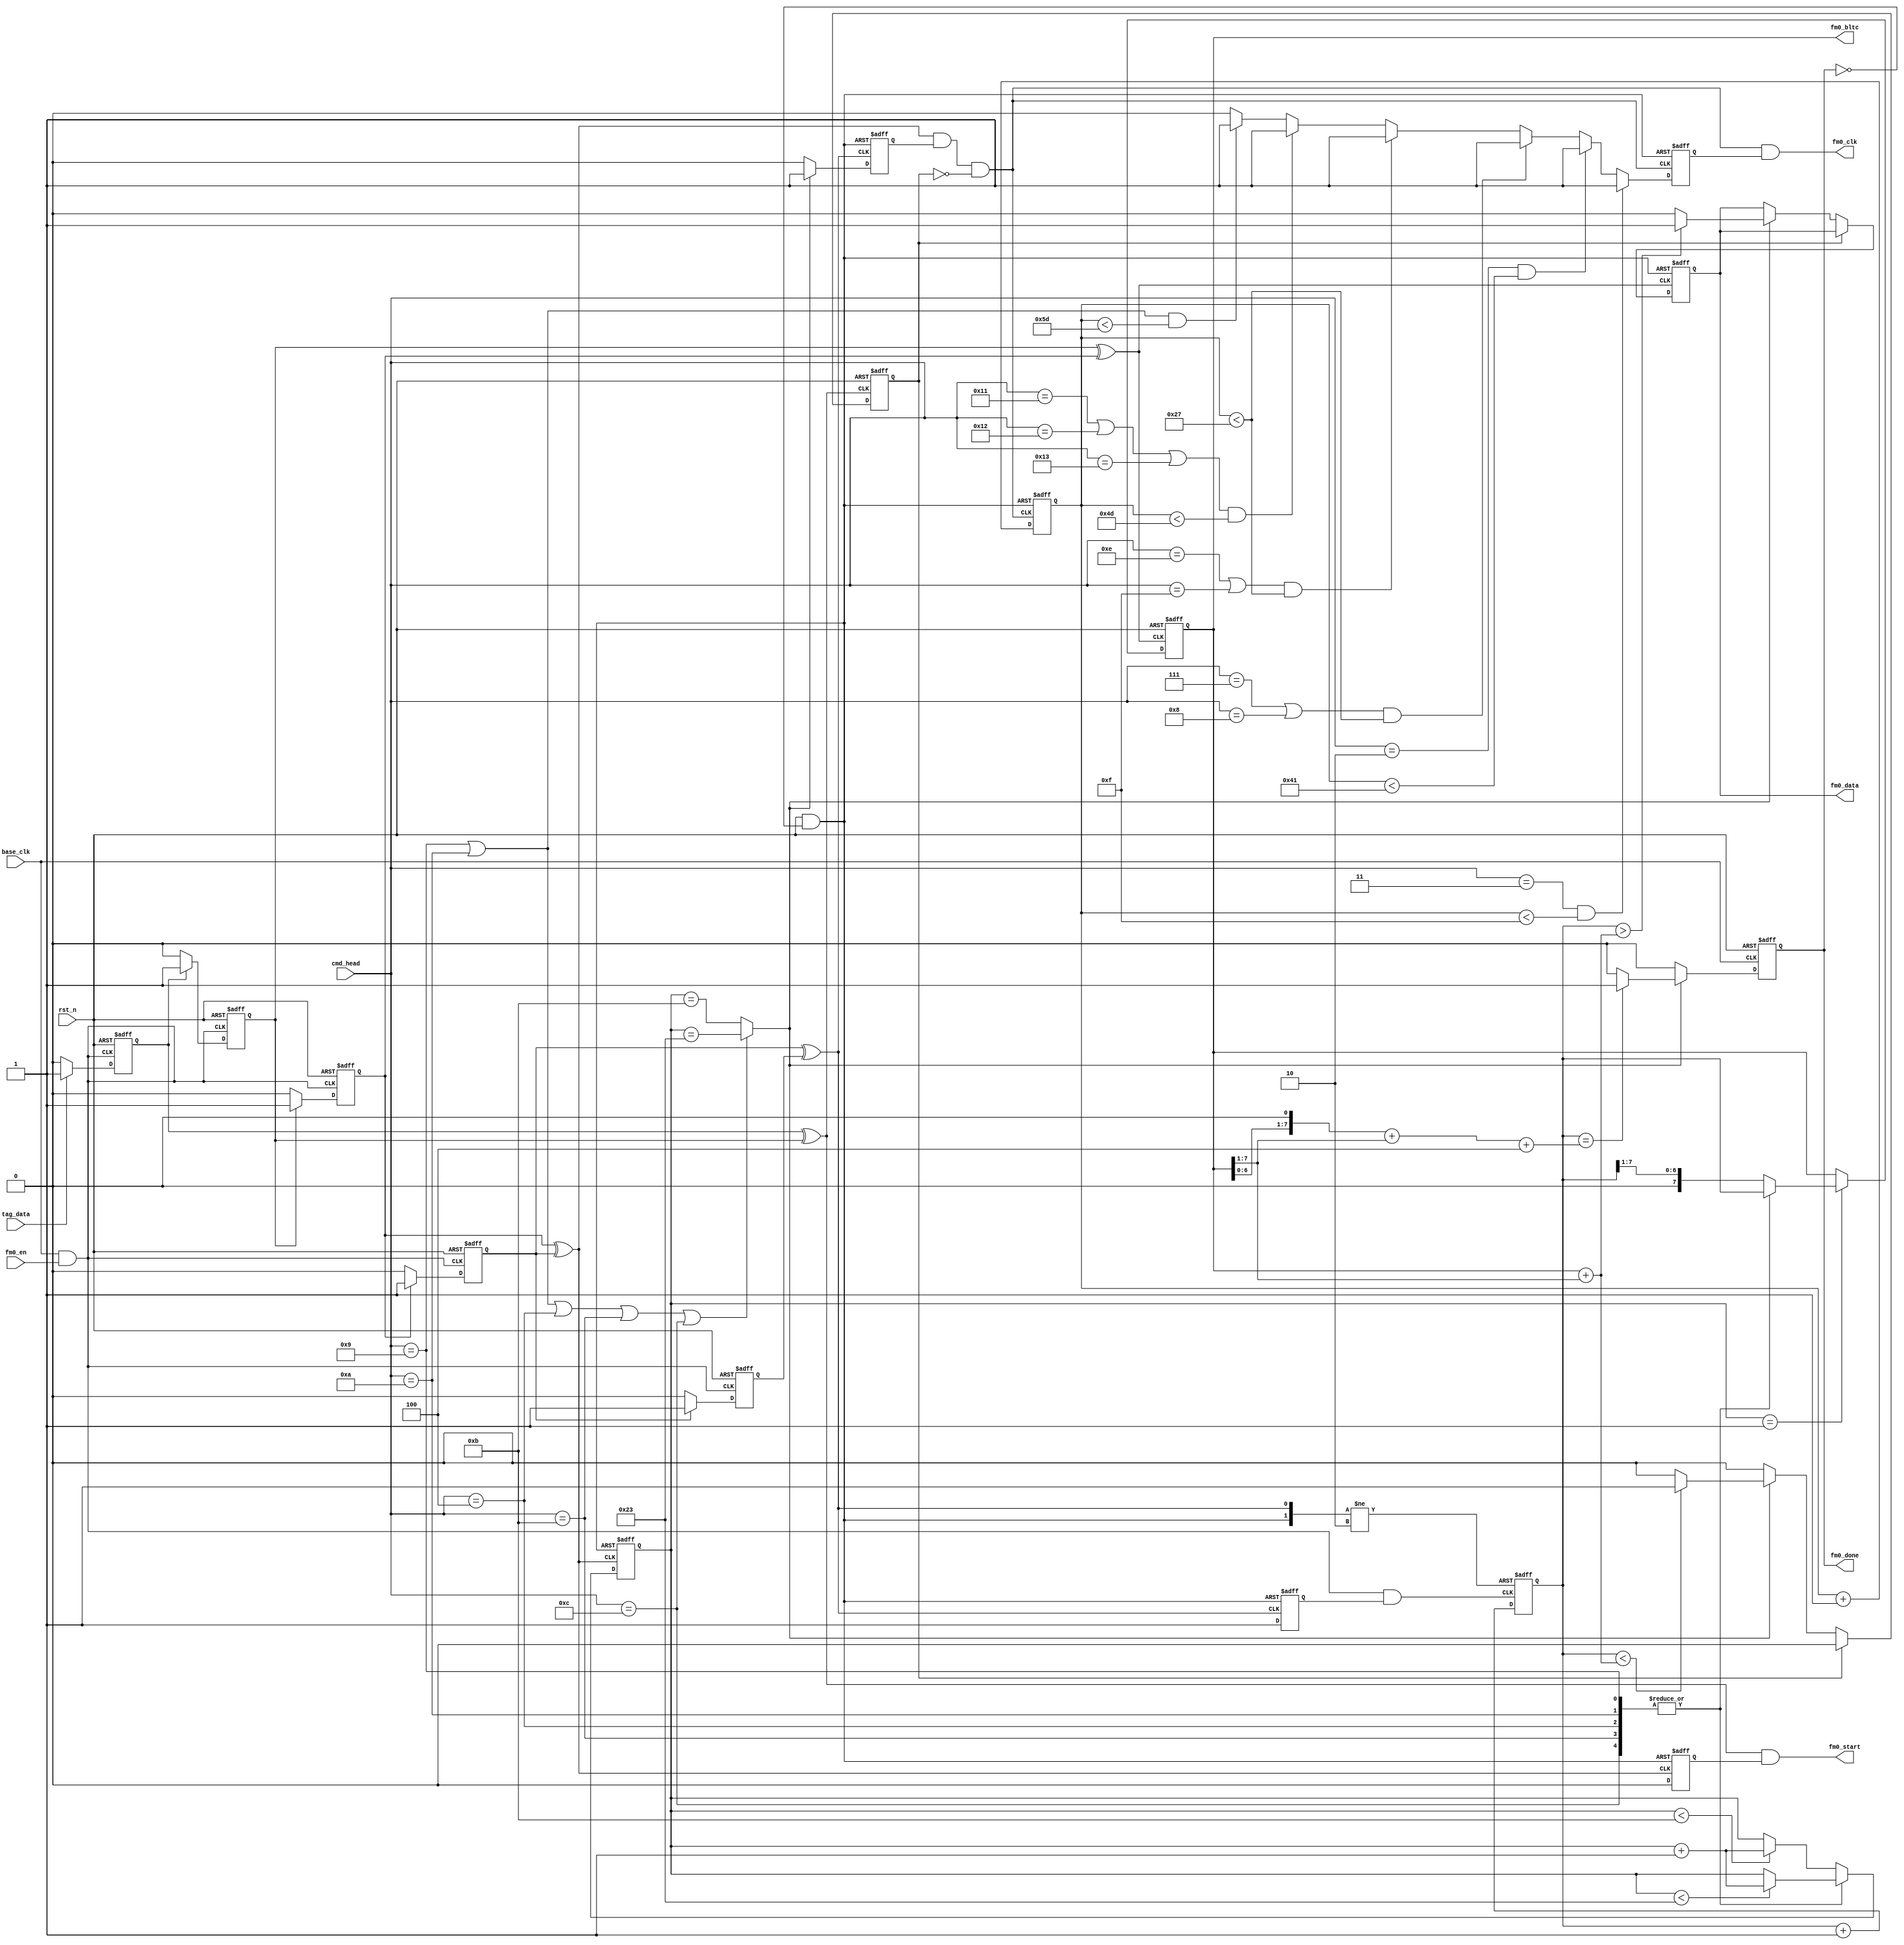
`timescale 1ns/1ns
`define UDLY #5

module DECODER_FM0(
                //inputs
                base_clk,
                rst_n,                
                tag_data,
                fm0_en,
                cmd_head,
                
                //outputs
                fm0_data,
                fm0_clk,
                fm0_bltc,
                fm0_start,
                fm0_done
            );
            
    //parameters
    parameter MAX_CNT_0=6'd11;       
    parameter MAX_CNT_1=6'd35; 
    //inputs
    input            base_clk;
    input            rst_n;
    input            tag_data;
    input            fm0_en;
    input  [4:0]     cmd_head;
                
    //outputs
    output           fm0_data;
    output           fm0_clk;
    output [7:0]     fm0_bltc;
    output           fm0_start;
    output           fm0_done;
    
    //regs
    reg              fm0_data;
    reg              fm0_done;
    ////////
    reg              bl_buf_a;
    reg              bl_buf_b;
    reg              bl_buf_c;
    reg              bl_buf_d;
    reg              bl_buf_e;
    reg              cnt_en;
    reg    [5:0]     data_cnt;
    reg    [7:0]     level_cnt;
    reg              zero_flg;
    reg              fm0_clk_en;
    reg              fm0_clk_en2;
    reg    [6:0]     fm0_clk_cnt;
    reg    [7:0]     half_tpri;
    reg              start_ctrl;
    
    //wires
    wire             dec_clk;
    wire             cnt_clk;
    wire             fm0_start;
    wire             valid_data;
    wire             fst_pulse;
    wire             sec_pulse;
    wire             thd_pulse;
    wire             rst_pulse;    
    wire             fm0_clk;
    wire             fm0_clk1;
    wire             rst_done;
    wire   [7:0]     pivot;
    wire   [7:0]     HATPRI_2_5;   
    
    assign dec_clk=base_clk&fm0_en;
    
    assign fm0_bltc=half_tpri;
    
    always @(posedge dec_clk or negedge rst_n)
    begin
       if(!rst_n)
           bl_buf_a<=`UDLY 1'b0;
       else if(tag_data) 
           bl_buf_a<=`UDLY 1'b1;
       else
           bl_buf_a<=`UDLY 1'b0;
    end
    
    always @(negedge dec_clk or negedge rst_n)
    begin
       if(!rst_n)
           bl_buf_b<=`UDLY 1'b0;
       else if(bl_buf_a) 
           bl_buf_b<=`UDLY 1'b1;
       else
           bl_buf_b<=`UDLY 1'b0;
    end
    
    always @(posedge dec_clk or negedge rst_n)
    begin
       if(!rst_n)
           bl_buf_c<=`UDLY 1'b0;
       else if(bl_buf_b) 
           bl_buf_c<=`UDLY 1'b1;
       else
           bl_buf_c<=`UDLY 1'b0;
    end
    
    always @(negedge dec_clk or negedge rst_n)
    begin
       if(!rst_n)
           bl_buf_d<=`UDLY 1'b0;
       else if(bl_buf_c) 
           bl_buf_d<=`UDLY 1'b1;
       else
           bl_buf_d<=`UDLY 1'b0;
    end
    
    always @(posedge dec_clk or negedge rst_n)
    begin
       if(!rst_n)
           bl_buf_e<=`UDLY 1'b0;
       else if(bl_buf_d) 
           bl_buf_e<=`UDLY 1'b1;
       else
           bl_buf_e<=`UDLY 1'b0;
    end
    
    assign fst_pulse=bl_buf_a^bl_buf_b;
    assign sec_pulse=bl_buf_b^bl_buf_c;
    assign thd_pulse=bl_buf_c^bl_buf_d;
    assign rst_pulse=bl_buf_d^bl_buf_e;

    assign rst_done=rst_n&~fm0_done;
    assign cnt_clk=dec_clk&cnt_en;
    
    always @(posedge rst_pulse or negedge rst_done)
    begin
        if(!rst_done)
            cnt_en<=`UDLY 1'b0;
        else
            cnt_en<=`UDLY 1'b1;
    end
    
    always @(posedge cnt_clk or posedge rst_pulse or negedge rst_done)
    begin
        if(!rst_done)
            level_cnt<=`UDLY 8'd2;
        else if(rst_pulse)
            level_cnt<=`UDLY 8'd2;
        else
            level_cnt<=`UDLY level_cnt+1'b1;
    end
    
//    always @(posedge sec_pulse or negedge rst_n)
//    begin
//        if(!rst_n)
//            half_tpri<=`UDLY 8'd0;
//        else if(data_cnt==6'd1)
//            half_tpri<=`UDLY {1'b0,level_cnt[7:1]};//level_cnt[7:0]
//        else
//            half_tpri<=`UDLY half_tpri;
//    end

    always @(posedge sec_pulse or negedge rst_n)
    begin
        if(!rst_n)
            half_tpri<=`UDLY 8'd100;
        else if(data_cnt==4'd1)
            case(cmd_head)
            5'd9,
            5'd10,
            5'd4,
            5'd11,
            5'd12:
                half_tpri<=`UDLY level_cnt[7:0];
            default:
                half_tpri<=`UDLY {1'b0,level_cnt[7:1]};
            endcase
        else
            half_tpri<=`UDLY half_tpri;
    end


    assign pivot=half_tpri+{1'b0,half_tpri[7:1]};
    assign HATPRI_2_5={half_tpri[6:0],1'b0}+{1'b0,half_tpri[7:1]}+4;
    
    always @(posedge thd_pulse or negedge rst_done)
    begin
        if(!rst_done)
            data_cnt<=`UDLY 6'd0;
        else 
            case(cmd_head)
            5'd9,
            5'd10,
            5'd4,
            5'd11,
            5'd12:
                if(data_cnt<MAX_CNT_1)
                    data_cnt<=`UDLY data_cnt+1'b1;
                else
                    data_cnt<=`UDLY data_cnt;
            default:
                if(data_cnt<MAX_CNT_0)
                    data_cnt<=`UDLY data_cnt+1'b1;
                else
                    data_cnt<=`UDLY data_cnt;
            endcase
    end
    
    assign valid_data=(cmd_head==5'd9||cmd_head==5'd10||cmd_head==5'd4||cmd_head==5'd11||cmd_head==5'd12)?(data_cnt==MAX_CNT_1):(data_cnt==MAX_CNT_0);
    
    always @(posedge fst_pulse or negedge rst_n)
    begin
        if(!rst_n)
            zero_flg=1'b0;
        else if(zero_flg)
            zero_flg=1'b0;
        else if(valid_data)
            if(level_cnt<pivot)
                zero_flg=1'b1;
            else
                zero_flg=1'b0;            
        else
            zero_flg=1'b0;            
    end
    
    always @(posedge sec_pulse or negedge rst_done)
    begin
        if(!rst_done)
            fm0_data<=`UDLY 1'b0;
        else if(zero_flg)
            fm0_data<=`UDLY fm0_data;
        else if(valid_data)
            if(level_cnt>pivot)
                fm0_data<=`UDLY 1'b1;
            else
                fm0_data<=`UDLY 1'b0;
        else
            fm0_data<=`UDLY fm0_data;
    end
    
    always @(posedge rst_pulse or negedge rst_done)
    begin
        if(!rst_done)
            fm0_clk_en<=`UDLY 1'b0;
        else if(valid_data)
            fm0_clk_en<=`UDLY 1'b1;
        else
            fm0_clk_en<=`UDLY 1'b0;
    end

    assign fm0_clk1=thd_pulse&fm0_clk_en&~zero_flg;
    assign fm0_clk=fm0_clk1&fm0_clk_en2;
    
    always @(posedge fm0_clk1 or negedge rst_done)
    begin
    	  if(!rst_done)
    	      fm0_clk_cnt<=`UDLY 7'd0;
    	  else 
    	      fm0_clk_cnt<=`UDLY fm0_clk_cnt+1'b1;
    end
    
    always @(posedge fm0_clk1 or negedge rst_done)
    begin
    	  if(!rst_done)
    	      fm0_clk_en2<=`UDLY 1'b0;
    	  else if(cmd_head==5'd3&&fm0_clk_cnt<7'd15)
    	      fm0_clk_en2<=`UDLY 1'b1;
    	  else if(cmd_head==5'd2&&fm0_clk_cnt<7'd65)
    	      fm0_clk_en2<=`UDLY 1'b1;
    	  else if((cmd_head==5'd7||cmd_head==5'd8)&&fm0_clk_cnt<7'd39)
    	      fm0_clk_en2<=`UDLY 1'b1;
    	  else if((cmd_head==5'd14||cmd_head==5'd15)&&fm0_clk_cnt<7'd39)
    	      fm0_clk_en2<=`UDLY 1'b1;
    	  else if((cmd_head==5'd17||cmd_head==5'd18||cmd_head==5'd19)&&fm0_clk_cnt<7'd77)
    	      fm0_clk_en2<=`UDLY 1'b1;
    	  else if((cmd_head==5'd9||cmd_head==5'd10)&&fm0_clk_cnt<7'd93)
    	      fm0_clk_en2<=`UDLY 1'b1;
    	  else 
    	      fm0_clk_en2<=`UDLY 1'b0; 
    end	      
    
    
    
    always @(negedge base_clk or negedge rst_n)
    begin
        if(!rst_n)
            fm0_done<=`UDLY 1'b0;            
        else if(valid_data)
            if(level_cnt==HATPRI_2_5)
                fm0_done<=`UDLY 1'b1;
            else
                fm0_done<=`UDLY 1'b0;
        else
            fm0_done<=`UDLY 1'b0;
    end
    
    always @(posedge thd_pulse or negedge rst_done)
    begin
        if(!rst_done)
            start_ctrl<=`UDLY 1'b1;
        else
            start_ctrl<=`UDLY 1'b0;
    end
    
    assign fm0_start=fst_pulse&start_ctrl;
    
endmodule